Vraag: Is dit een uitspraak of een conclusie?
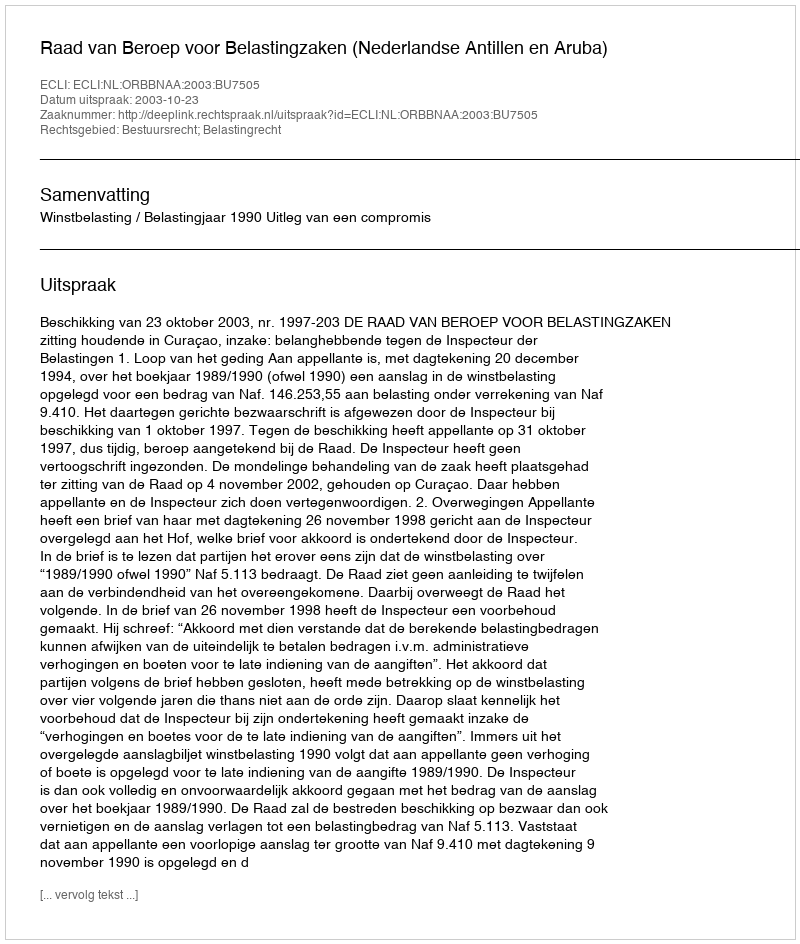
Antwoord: Uitspraak